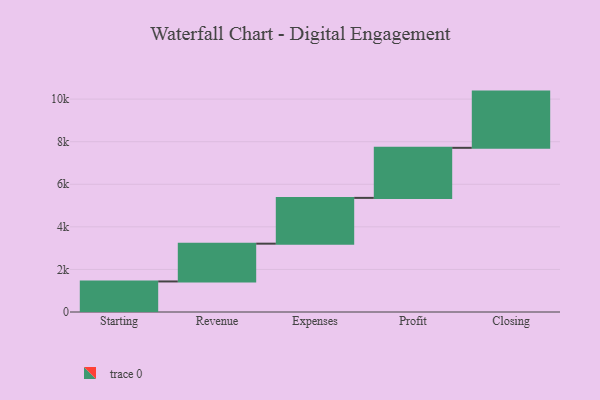
{"axis": {"x": "Step", "y": "Value"}, "legend": [""], "data": [{"x": "Starting", "y": 1435.0, "type": ""}, {"x": "Revenue", "y": 1775.0, "type": ""}, {"x": "Expenses", "y": 2151.0, "type": ""}, {"x": "Profit", "y": 2352.0, "type": ""}, {"x": "Closing", "y": 2641.0, "type": ""}]}